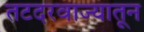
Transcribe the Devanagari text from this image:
तटदरवाज्यातून